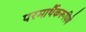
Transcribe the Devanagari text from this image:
परमार्थैकरूपिणे